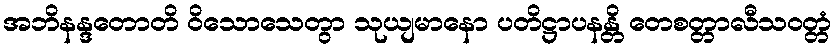
အဘိနန္ဒတောတိ ဝိသောသေတွာ သုယျမာနော ပတိဋ္ဌာပနန္တိ တေစတ္တာလီသဝတ္တံ